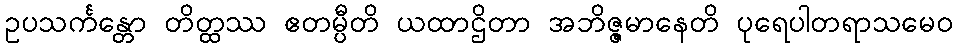
ဥပသင်္ကန္တော တိတ္ထဿ ဧတမ္ပီတိ ယထာဌိတာ အဘိဇ္ဇမာနေတိ ပုရေပါတရာသမေဝ